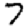
Digit: 7